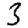
Digit: 3